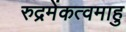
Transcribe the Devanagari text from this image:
रुद्रमेंकत्वमाहु